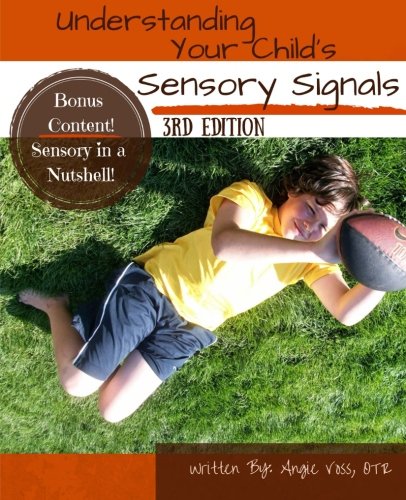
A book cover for Understanding Your Child's Sensory Signals: A Practical Daily Use Handbook for Parents and Teachers; Angie Voss OTR; Education & Teaching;